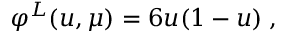
\varphi ^ { L } ( u , \mu ) = 6 u ( 1 - u ) \; ,